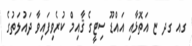
ގއ ގދ ޏ އަތޮޅާއި އައްޑޫ ސިޓީގެ ޤާއިމް ކުރެވިފައިވާ ދައުލަތުގެ